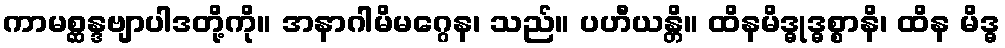
ကာမစ္ဆန္ဒဗျာပါဒတို့ကို။ အနာဂါမိမဂ္ဂေန၊ သည်။ ပဟီယန္တိ။ ထိနမိဒ္ဓုဒ္ဓစ္စာနိ၊ ထိန မိဒ္ဓ